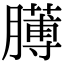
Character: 𦡰